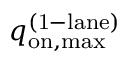
q _ { \mathrm { o n , m a x } } ^ { \mathrm { ( 1 - l a n e ) } }